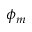
\phi _ { m }